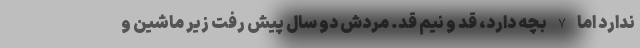
ندارد اما 7 بچه دارد، قد و نيم قد. مردش دو سال پيش رفت زير ماشين و